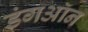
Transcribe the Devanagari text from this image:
डंगऑन